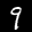
Label: 9